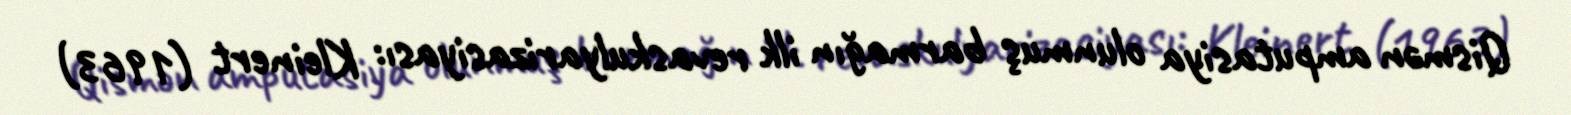
Qismən amputasiya olunmuş barmağın ilk revaskulyarizasiyası: Kleinert (1963)